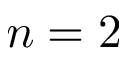
n = 2